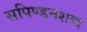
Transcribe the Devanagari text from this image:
सपिण्डनशब्द